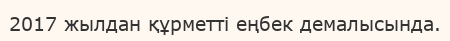
2017 жылдан құрметті еңбек демалысында.